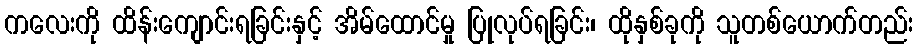
ကလေးကို ထိန်းကျောင်းရခြင်းနှင့် အိမ်ထောင်မှု ပြုလုပ်ရခြင်း၊ ထိုနှစ်ခုကို သူတစ်ယောက်တည်း